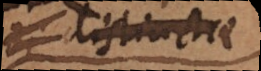
distinctae